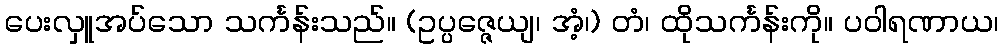
ပေးလှူအပ်သော သင်္ကန်းသည်။ (ဥပ္ပဇ္ဇေယျ၊ အံ့၊) တံ၊ ထိုသင်္ကန်းကို။ ပဝါရဏာယ၊